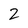
Character: 2